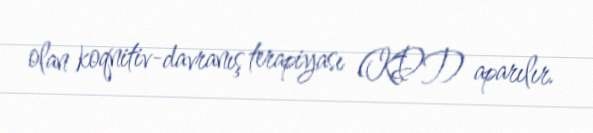
olan koqnitiv-davranış terapiyası (KDT) aparılır.